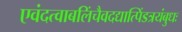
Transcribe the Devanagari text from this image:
एवंदत्वाबलिंचैवदद्यात्पिंडत्रयंबुधः